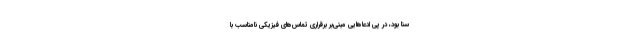
سنا بود، در پی ادعاهایی مبنی‌بر برقراری تماس‌های فیزیکی نامناسب با